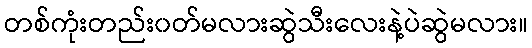
တစ်ကုံးတည်း၀တ်မလားဆွဲသီးလေးနဲ့ပဲဆွဲမလား။